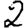
Digit: 2